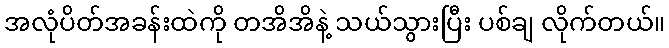
အလုံပိတ်အခန်းထဲကို တအိအိနဲ့ သယ်သွားပြီး ပစ်ချ လိုက်တယ်။